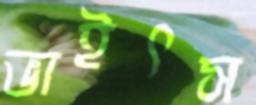
ভাইৎস